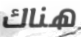
هناك